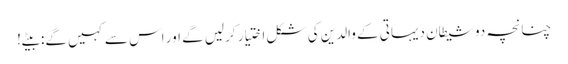
چنانچہ دو شیطان دیہاتی کے والدین کی شکل اختیار کرلیں گے اور اس سے کہیں گے: بیٹے!